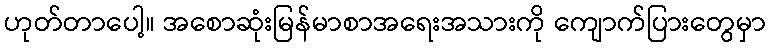
ဟုတ်တာပေါ့။ အစောဆုံးမြန်မာစာအရေးအသားကို ကျောက်ပြားတွေမှာ